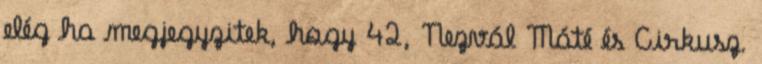
elég ha megjegyzitek, hogy 42, Nezvál Máté és Cirkusz.